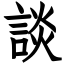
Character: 談